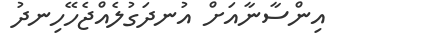
އިންސާނާއަށް އުނދަގުލެއްޖެހޭހިނދު